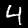
Label: 4